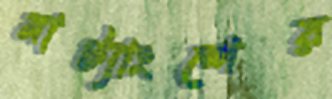
নাট্যাংশের